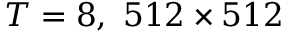
T = 8 , \ 5 1 2 \times 5 1 2